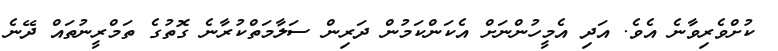
ކުށްވެރިވާނެ އެވެ. އަދި އެމީހުންނަށް އެކަންކަމުން ދަރިން ސަލާމަތްކުރާނެ ގޮތުގެ ތަމްރީނުތައް ދޭނެ